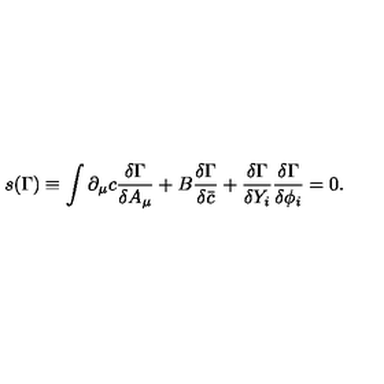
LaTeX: s ( \Gamma ) \equiv \int \partial _ { \mu } c \frac { \delta \Gamma } { \delta A _ { \mu } } + B \frac { \delta \Gamma } { \delta \bar { c } } + \frac { \delta \Gamma } { \delta Y _ { i } } \frac { \delta \Gamma } { \delta \phi _ { i } } = 0 .